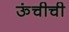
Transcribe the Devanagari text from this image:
ऊंचीची